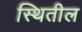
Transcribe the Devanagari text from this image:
स्थितील